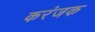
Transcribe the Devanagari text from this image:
करंजक